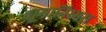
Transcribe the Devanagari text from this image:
ह्युमानिस्मस